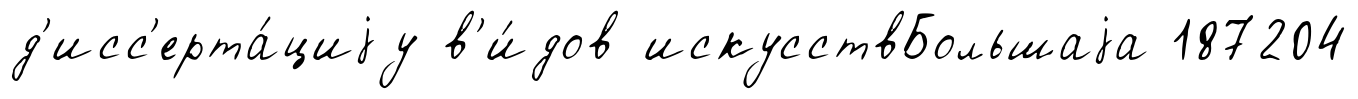
д'исс'ерта́циjу в'и́дов искусствБольшаjа 187204